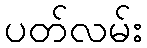
ပတ်လမ်း